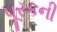
પૂરકની